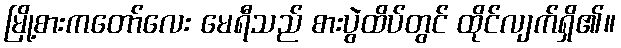
မြို့စားကတော်လေး မေရီသည် စားပွဲထိပ်တွင် ထိုင်လျက်ရှိ၏။